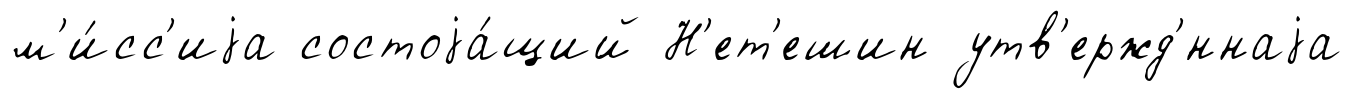
м'и́сс'иjа состоjа́щий Н'ет'ешин утв'ержд'́ннаjа